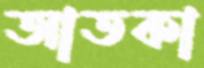
আতকা